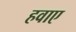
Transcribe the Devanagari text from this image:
हवाए